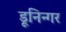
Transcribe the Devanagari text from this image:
डूनिन्गर